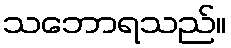
သဘောရသည်။